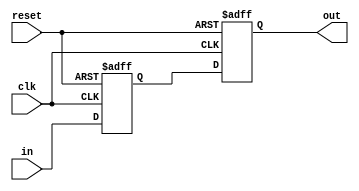
module inverter_delay (
    input wire clk,
    input wire reset,
    input wire in,
    output reg out
);

reg in_buffer;

// Synchronization block
always @(posedge clk or posedge reset) begin
    if (reset) begin
        in_buffer <= 1'b0;
    end else begin
        in_buffer <= in;
    end
end

// Timing control block
always @(posedge clk or posedge reset) begin
    if (reset) begin
        out <= 1'b0;
    end else begin
        out <= #1 in_buffer;
    end
end

endmodule